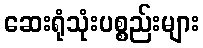
ဆေးရုံသုံးပစ္စည်းများ